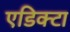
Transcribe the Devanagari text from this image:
एडिक्टा